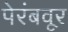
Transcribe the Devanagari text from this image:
पेरंबवूर